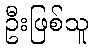
ဦးဖြစ်သူ